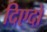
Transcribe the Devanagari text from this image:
दिएदो